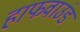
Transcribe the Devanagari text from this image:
हाफवाउंड